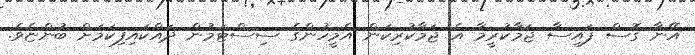
އޭނާ ގޮސް ފައިސާ ޖަމާކުރީމާ އެ ޖަމާކުރިކަން އެމީހުންގެ ސިސްޓަމުން ދައްކައިފިކަމަށް ބުންޏެވެ.